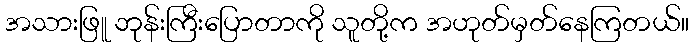
အသားဖြူ ဘုန်းကြီးပြောတာကို သူတို့က အဟုတ်မှတ်နေကြတယ်။